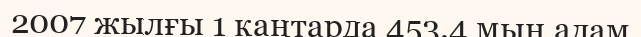
2007 жылғы 1 қаңтарда 453.4 мың адам